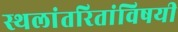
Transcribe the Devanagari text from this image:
स्थलांतरितांविषयी